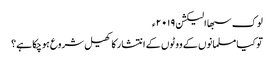
لوک سبھا الیکشن ۲۰۱۹ء
تو کیا مسلمانوں کے ووٹوں کے انتشار کا کھیل شروع ہوچکا ہے؟